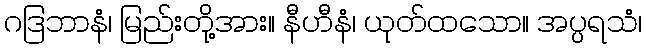
ဂဒြဘာနံ၊ မြည်းတို့အား။ နီဟီနံ၊ ယုတ်ထသော။ အပ္ပရသံ၊